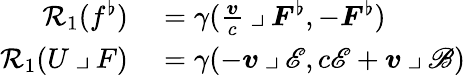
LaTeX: \begin{array}{rl}{\mathcal{R}_{1}(f^{\flat})}&{{}=\gamma(\frac{\boldsymbol{v}}{c}\mathbin{\lrcorner}\boldsymbol{F}^{\flat},-\boldsymbol{F}^{\flat})}\\ {\mathcal{R}_{1}(U\mathbin{\lrcorner}F)}&{{}=\gamma(-\boldsymbol{v}\mathbin{\lrcorner}\mathscr{E},c\mathscr{E}+\boldsymbol{v}\mathbin{\lrcorner}\mathscr{B})}\end{array}